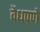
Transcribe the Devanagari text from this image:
वैधपणे